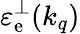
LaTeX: \mathinner{\varepsilon_{\mathrm{e}}^{\perp}\mathopen{\left(k_{q}\right)}}